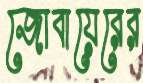
জোবায়েরের